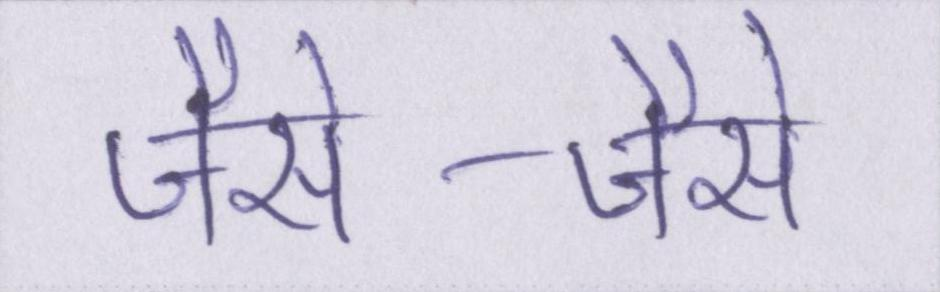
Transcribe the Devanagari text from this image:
जैसे-जैसे